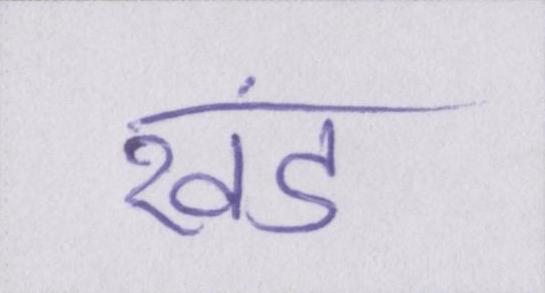
खंड